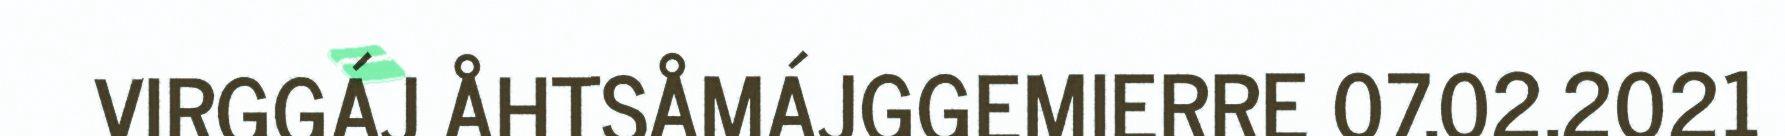
VIRGGÁJ ÅHTSÅMÁJGGEMIERRE 07.02.2021